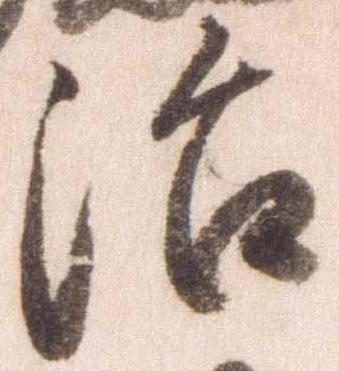
治